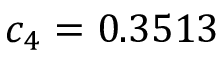
c _ { 4 } = 0 . 3 5 1 3